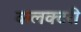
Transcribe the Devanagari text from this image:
कलक्टरी